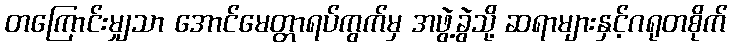
တကြောင်းမျှသာ အောင်မေတ္တာရပ်ကွက်မှ အဖွဲ့ခွဲသို့ ဆရာများနှင့်ဂရုတစိုက်